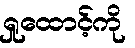
ရှုထောင့်ကို